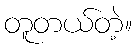
တူတယ်တဲ့။